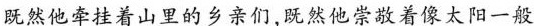
既然他牵挂着山里的乡亲们，既然他崇敬着像太阳一般